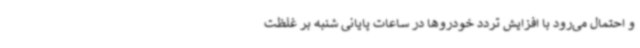
و احتمال می‌رود با افزایش تردد خودروها در ساعات پایانی شنبه بر غلظت